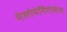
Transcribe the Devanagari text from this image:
मेलोमेनिंगोसेल